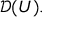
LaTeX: { \mathcal { D } } ( U ) .